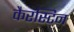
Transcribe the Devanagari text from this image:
कैरस्टिन